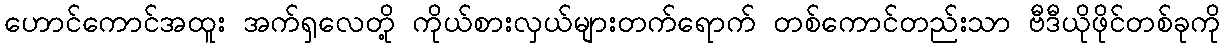
ဟောင်ကောင်အထူး အက်ရှလေတို့ ကိုယ်စားလှယ်များတက်ရောက် တစ်ကောင်တည်းသာ ဗီဒီယိုဖိုင်တစ်ခုကို